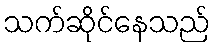
သက်ဆိုင်နေသည်